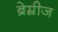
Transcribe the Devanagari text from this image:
ब्रेम्रीज